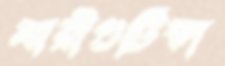
মারীগুটিকা